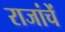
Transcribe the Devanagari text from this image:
राजांचें